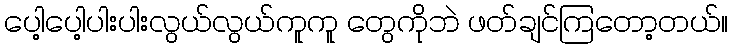
ပေါ့ပေါ့ပါးပါးလွယ်လွယ်ကူကူ တွေကိုဘဲ ဖတ်ချင်ကြတော့တယ်။